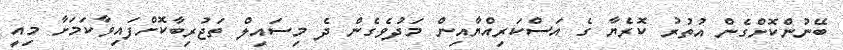
ބޭނުންކޮށްގެން އުތުރު ކޮރެޔާ ގެ އަސްކަރިއްޔާއިން މަދުވެގެން ދެ މިސައިލް ތަޖުރިބާކޮށްފައިވާކަމަށާ މިއީ